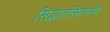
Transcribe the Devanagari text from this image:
सिद्धांतसिरोमणि